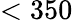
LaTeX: <350